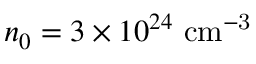
n _ { 0 } = 3 \times 1 0 ^ { 2 4 } \ \mathrm { c m ^ { - 3 } }